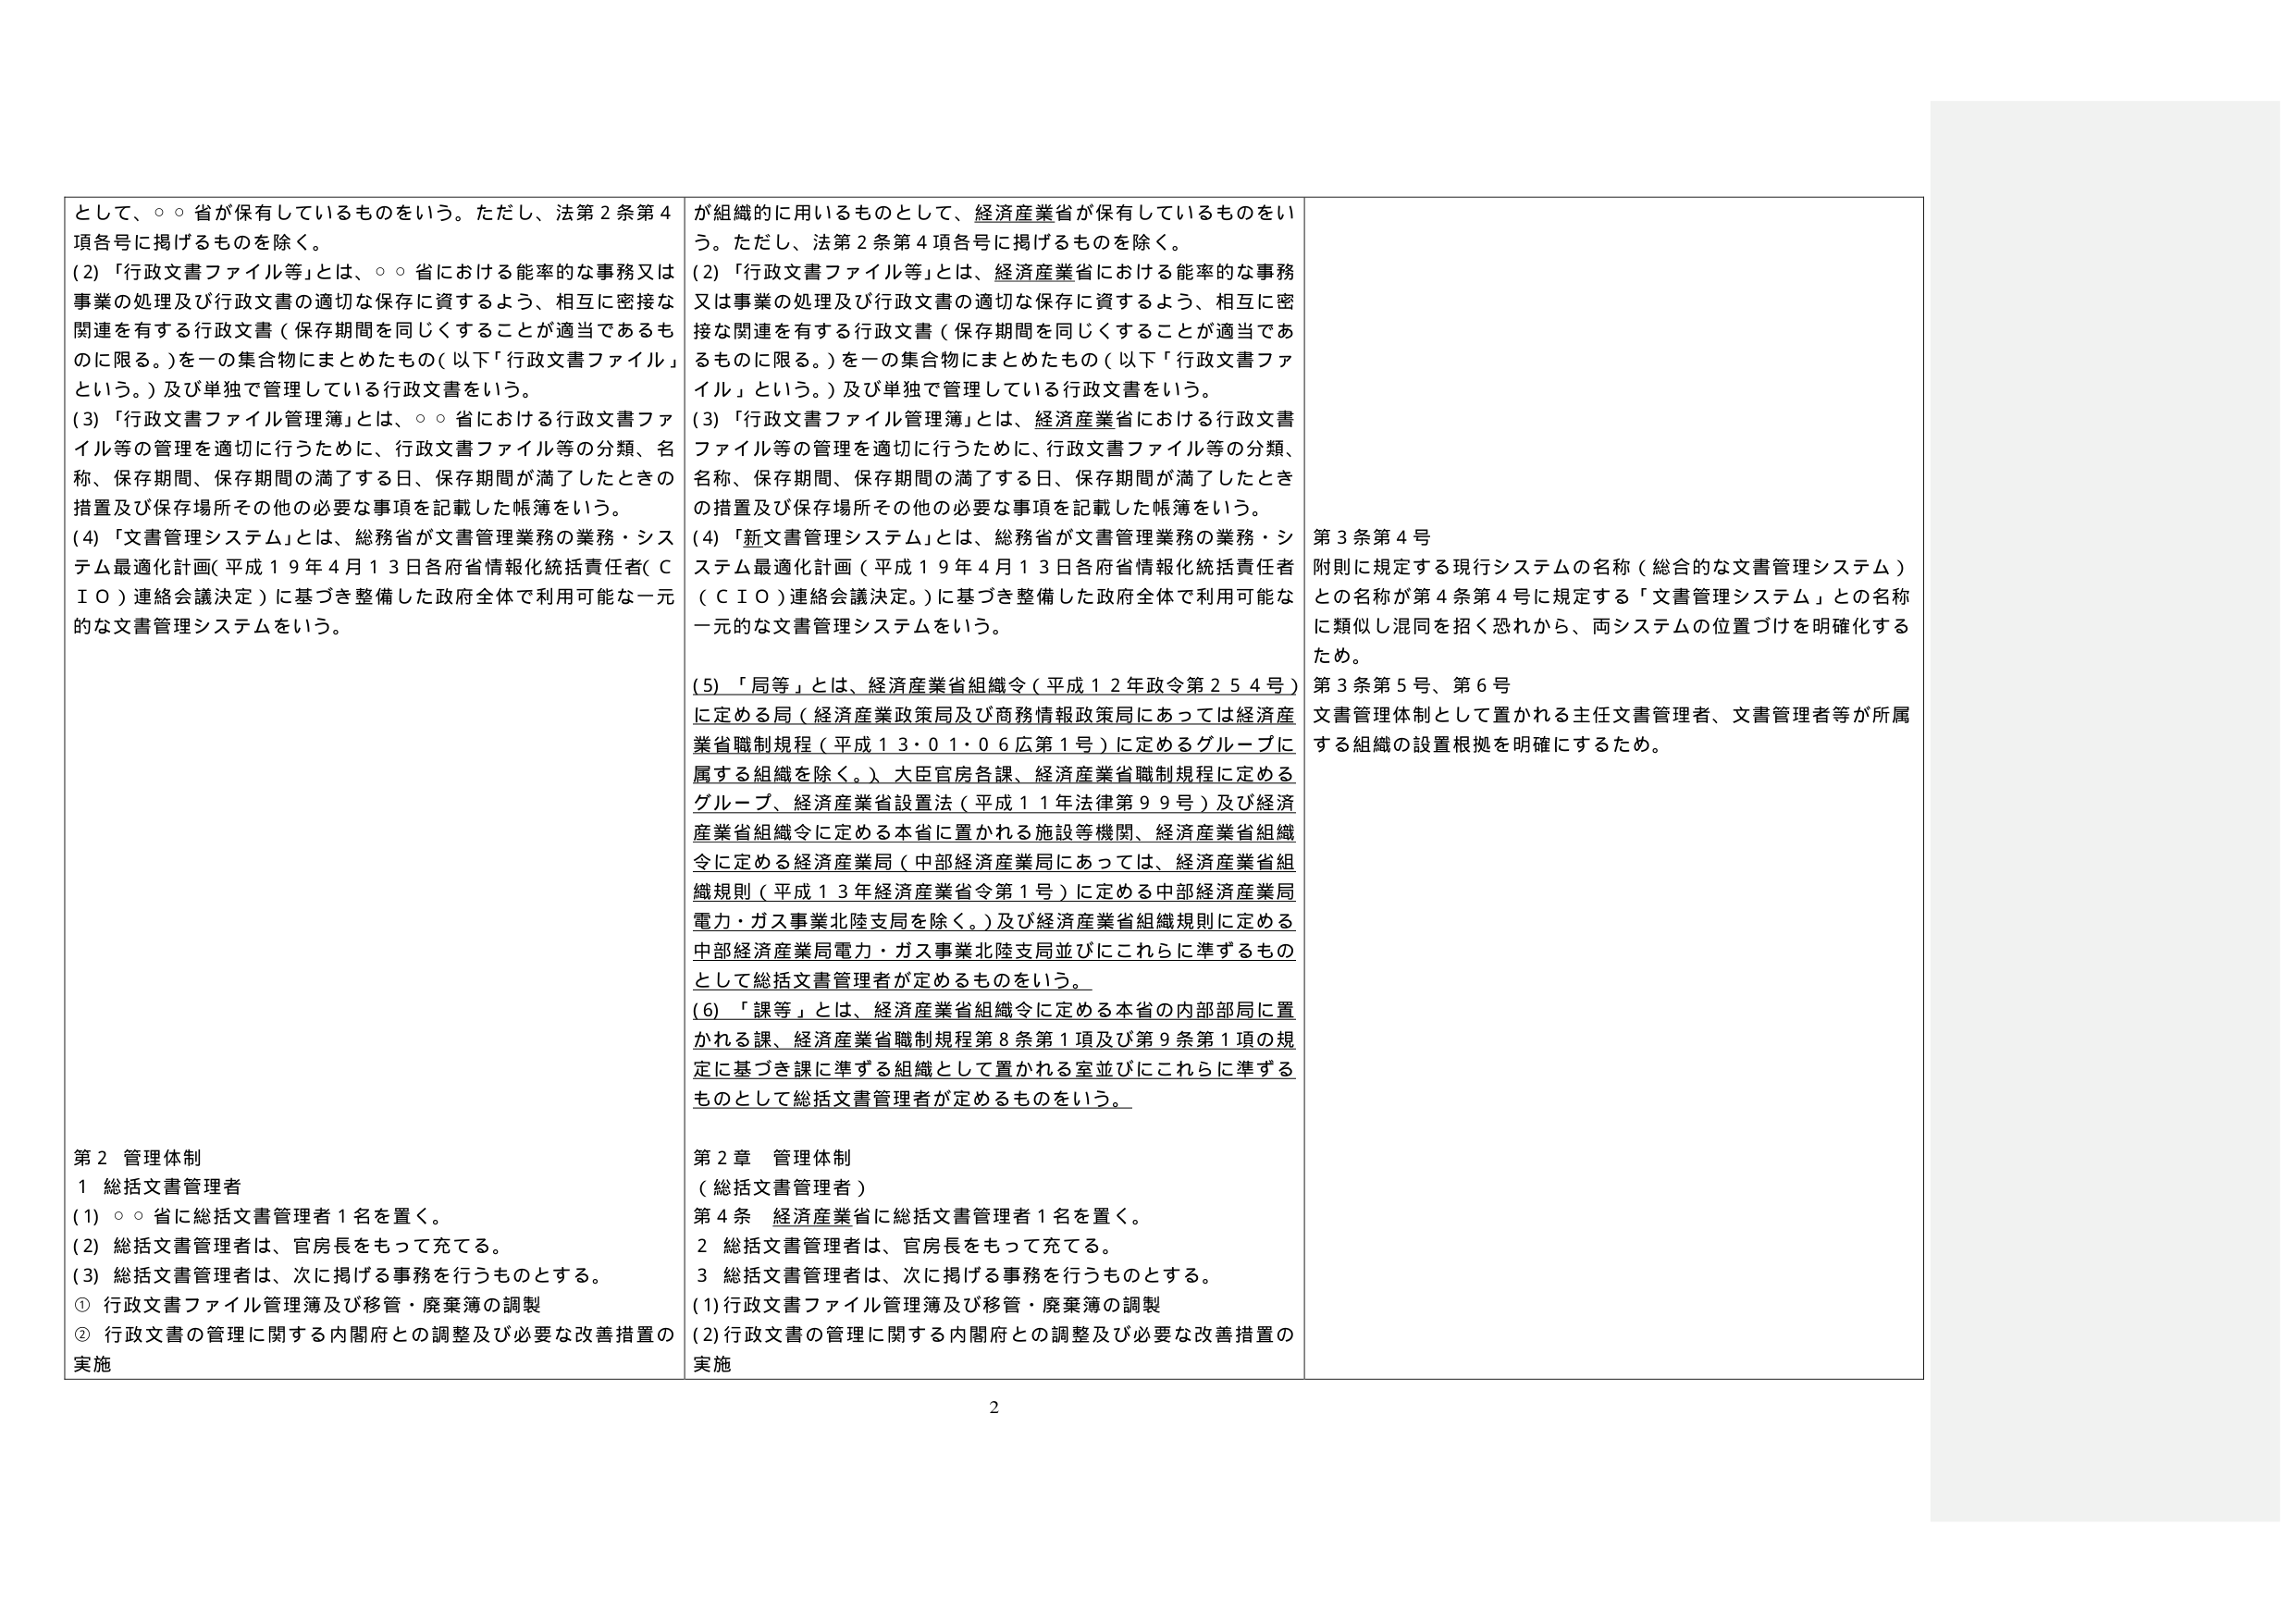
として、○○省が保有しているものをいう。ただし、法第2条第4項各号に掲げるものを除く。
(2)「行政文書ファイル等」とは、○○省における能率的な事務又は事業の処理及び行政文書の適切な保存に資するよう、相互に密接な関連を有する行政文書（保存期間を同じくすることが適当であるものに限る。）を一の集合物にまとめたもの（以下「行政文書ファイル」という。）及び単独で管理している行政文書をいう。
(3)「行政文書ファイル管理簿」とは、○○省における行政文書ファイル等の管理を適切に行うために、行政文書ファイル等の分類、名称、保存期間、保存期間の満了する日、保存期間が満了したときの措置及び保存場所その他の必要な事項を記載した帳簿をいう。
(4)「文書管理システム」とは、総務省が文書管理業務の業務・システム最適化計画（平成19年4月13日各府省情報化統括責任者（CIO）連絡会議決定）に基づき整備した政府全体で利用可能な一元的な文書管理システムをいう。

第2 管理体制
1 総括文書管理者
(1) ○○省に総括文書管理者1名を置く。
(2) 総括文書管理者は、官房長をもって充てる。
(3) 総括文書管理者は、次に掲げる事務を行うものとする。
① 行政文書ファイル管理簿及び移管・廃棄簿の調製
② 行政文書の管理に関する内閣府との調整及び必要な改善措置の実施

が組織的に用いるものとして、経済産業省が保有しているものをいう。ただし、法第2条第4項各号に掲げるものを除く。
(2)「行政文書ファイル等」とは、経済産業省における能率的な事務又は事業の処理及び行政文書の適切な保存に資するよう、相互に密接な関連を有する行政文書（保存期間を同じくすることが適当であるものに限る。）を一の集合物にまとめたもの（以下「行政文書ファイル」という。）及び単独で管理している行政文書をいう。
(3)「行政文書ファイル管理簿」とは、経済産業省における行政文書ファイル等の管理を適切に行うために、行政文書ファイル等の分類、名称、保存期間、保存期間の満了する日、保存期間が満了したときの措置及び保存場所その他の必要な事項を記載した帳簿をいう。
(4)「新文書管理システム」とは、総務省が文書管理業務の業務・システム最適化計画（平成19年4月13日各府省情報化統括責任者（CIO）連絡会議決定。）に基づき整備した政府全体で利用可能な一元的な文書管理システムをいう。
(5)「局等」とは、経済産業省組織令（平成12年政令第254号）に定める局（経済産業政策局及び商務情報政策局にあっては経済産業省職制規程（平成13・01・06広第1号）に定めるグループに属する組織を除く。）、大臣官房各課、経済産業省職制規程に定めるグループ、経済産業省設置法（平成11年法律第99号）及び経済産業省組織令に定める本省に置かれる施設等機関、経済産業省組織令に定める経済産業局（中部経済産業局にあっては、経済産業省組織規則（平成13年経済産業省令第1号）に定める中部経済産業局電力・ガス事業北陸支局を除く。）及び経済産業省組織規則に定める中部経済産業局電力・ガス事業北陸支局並びにこれらに準ずるものとして総括文書管理者が定めるものをいう。
(6)「課等」とは、経済産業省組織令に定める本省の内部部局に置かれる課、経済産業省職制規程第8条第1項及び第9条第1項の規定に基づき課に準ずる組織として置かれる室並びにこれらに準ずるものとして総括文書管理者が定めるものをいう。

第2章 管理体制
（総括文書管理者）
第4条 経済産業省に総括文書管理者1名を置く。
2 総括文書管理者は、官房長をもって充てる。
3 総括文書管理者は、次に掲げる事務を行うものとする。
(1) 行政文書ファイル管理簿及び移管・廃棄簿の調製
(2) 行政文書の管理に関する内閣府との調整及び必要な改善措置の実施

第3条第4号
附則に規定する現行システムの名称（総合的な文書管理システム）との名称が第4条第4号に規定する「文書管理システム」との名称に類似し混同を招く恐れから、両システムの位置づけを明確化するため。
第3条第5号、第6号
文書管理体制として置かれる主任文書管理者、文書管理者等が所属する組織の設置根拠を明確にするため。

2